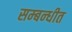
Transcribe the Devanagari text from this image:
सम्‍बन्‍धीत